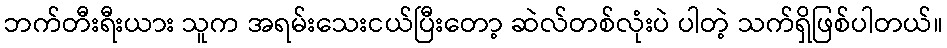
ဘက်တီးရီးယား သူက အရမ်းသေးငယ်ပြီးတော့ ဆဲလ်တစ်လုံးပဲ ပါတဲ့ သက်ရှိဖြစ်ပါတယ်။